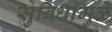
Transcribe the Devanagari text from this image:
सुविधांमुळे